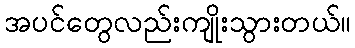
အပင်တွေလည်းကျိုးသွားတယ်။